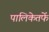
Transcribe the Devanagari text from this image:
पालिकेतर्फे